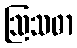
ဩသဓာ